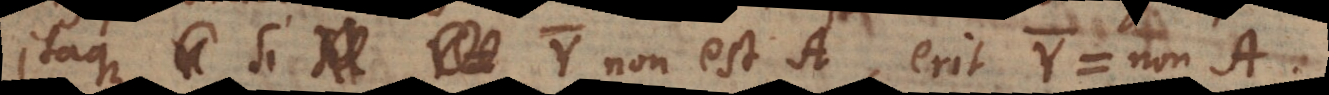
Itaque si Y non est A, erit [ Y: non‐A